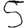
Digit: 5